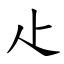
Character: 龰